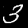
Digit: 3